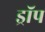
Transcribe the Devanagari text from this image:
ड्राॅप